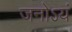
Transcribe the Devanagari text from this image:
जनोऽयं